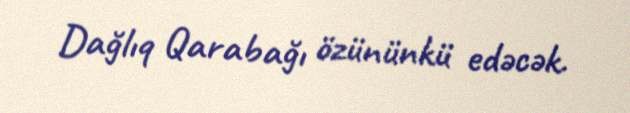
Dağlıq Qarabağı özününkü edəcək.